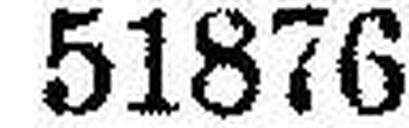
51876